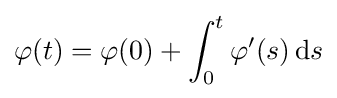
\varphi (t)=\varphi (0)+\int _{0}^{t}\varphi '(s)\,\mathrm {d} s